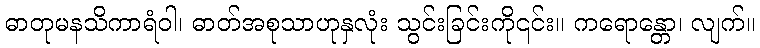
ဓာတုမနသိကာရံဝါ၊ ဓာတ်အစုသာဟုနှလုံး သွင်းခြင်းကို၎င်း။ ကရောန္တော၊ လျက်။